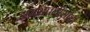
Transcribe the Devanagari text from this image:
अमरावतीसाठी